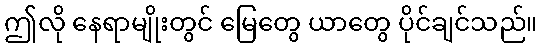
ဤလို နေရာမျိုးတွင် မြေတွေ ယာတွေ ပိုင်ချင်သည်။